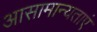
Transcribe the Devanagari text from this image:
आसामान्यताएं